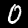
Digit: 0